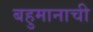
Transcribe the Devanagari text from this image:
बहुमानाची